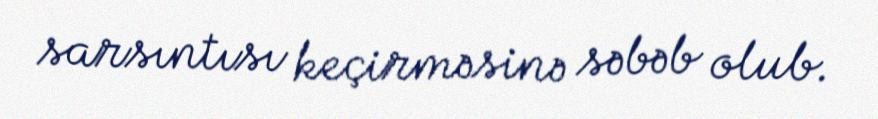
sarsıntısı keçirməsinə səbəb olub.